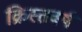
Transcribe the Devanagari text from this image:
क्रिस्तवर्ष